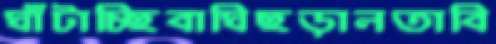
ঘাঁটাচ্ছিবাঘিছড়ালতাবি